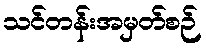
သင်တန်းအမှတ်စဉ်